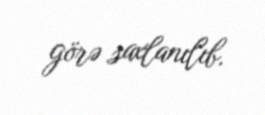
görə saxlanılıb.